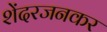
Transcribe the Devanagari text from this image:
शेंदरजनकर